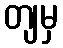
တျမှ